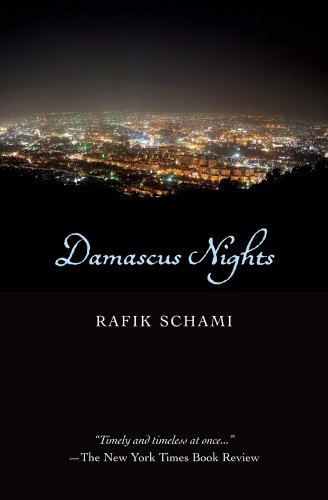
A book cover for Damascus Nights; Rafik Schami; Literature & Fiction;